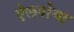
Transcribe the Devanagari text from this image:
ऐलगोमा